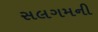
સલગમની